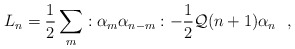
\begin{align*}L_{n}=\frac{1}{2}\sum_{m}:\alpha_{m}\alpha_{n-m}:-\frac{1}{2}{\cal Q}(n+1)\alpha_{n}~~,\end{align*}